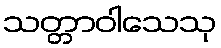
သတ္တာဝါသေသု